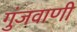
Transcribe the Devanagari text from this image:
गुंजवाणी